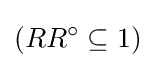
(RR^{\circ }\subseteq 1)